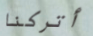
أتركنا